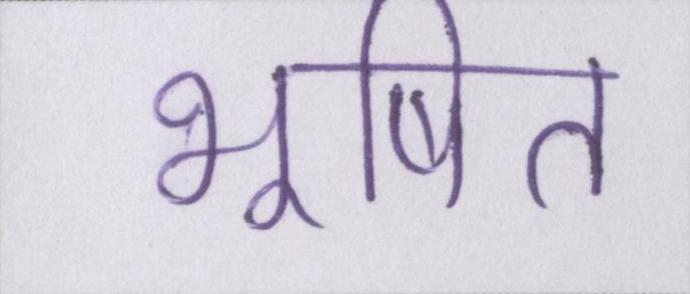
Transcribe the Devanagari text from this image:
भूषित